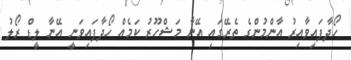
ހޯދާފައިވާއިރު އާންމުންގެ ތެރޭގައި އޭނާ މަޝްހޫރު ކަމެއް ހޯދާފައިވަނީ އޭނާ ލީޑް ރޯލު